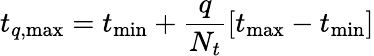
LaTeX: t_{q,\mathrm{max}}=t_{\mathrm{min}}+\frac{q}{N_{t}}[t_{\mathrm{max}}-t_{\mathrm{min}}]